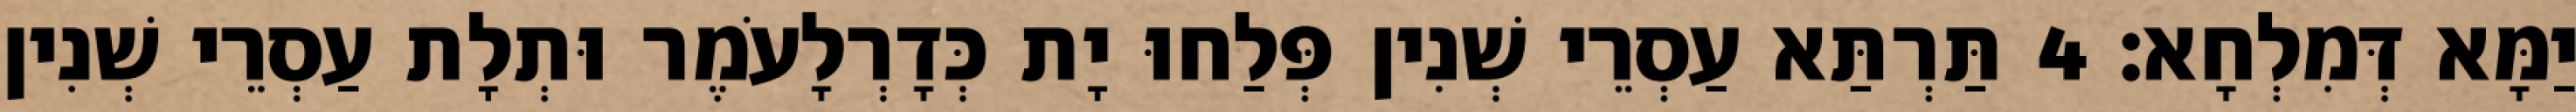
יַמָּא דְּמִלְחָא׃ 4 תַּרְתַּא עַסְרֵי שְׁנִין פְּלַחוּ יָת כְּדָרְלָעֹמֶר וּתְלָת עַסְרֵי שְׁנִין